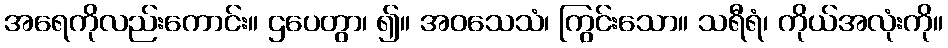
အရေကိုလည်းကောင်း။ ဌပေတွာ၊ ၍။ အဝသေသံ၊ ကြွင်းသော။ သရီရံ၊ ကိုယ်အလုံးကို။